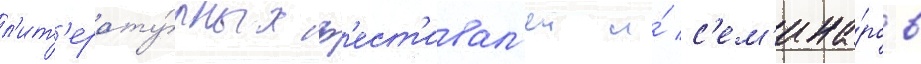
л'ит'ерату́рных ф'ест'ивал'еи и́ с'ем'ина́ров